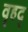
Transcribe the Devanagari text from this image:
वृहद्‌